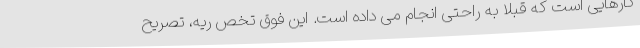
کارهایی است که قبلا به راحتی انجام می داده است. این فوق تخص ریه، تصریح